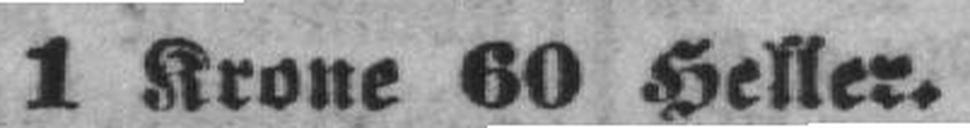
1 Krone 60 Heller.